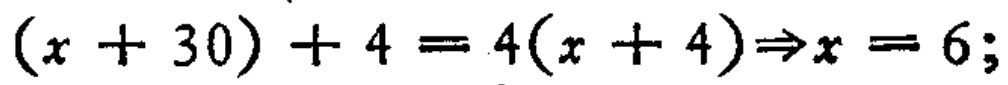
\((x + 30)+4 = 4(x + 4)\Rightarrow x = 6;\)